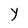
Character: Y